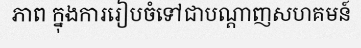
ភាព ក្នុងការរៀបចំទៅជាបណ្តាញសហគមន៍